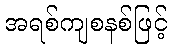
အရစ်ကျစနစ်ဖြင့်